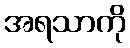
အရသာကို